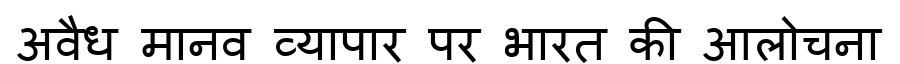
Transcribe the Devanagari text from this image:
अवैध मानव व्यापार पर भारत की आलोचना